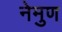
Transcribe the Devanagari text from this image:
नेमुण